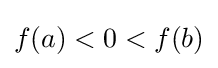
f(a)<0<f(b)